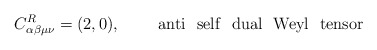
\begin{align*}C^{R}_{\alpha \beta \mu \nu} =(2,0),~~~~~~~ {\rm anti~~ self~~ dual~~ Weyl~~ tensor}\end{align*}